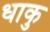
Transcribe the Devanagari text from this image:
धाकु